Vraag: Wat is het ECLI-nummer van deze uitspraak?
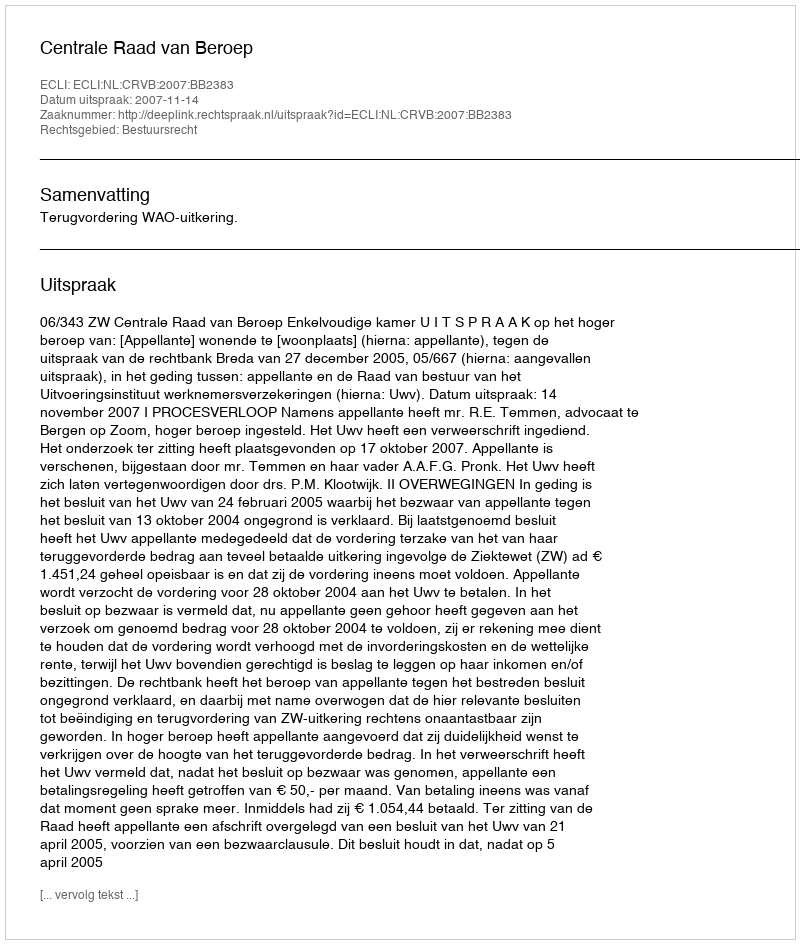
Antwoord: ECLI:NL:CRVB:2007:BB2383